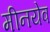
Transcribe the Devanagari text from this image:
मीनयेव